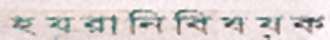
হয়রানিবিষয়ক